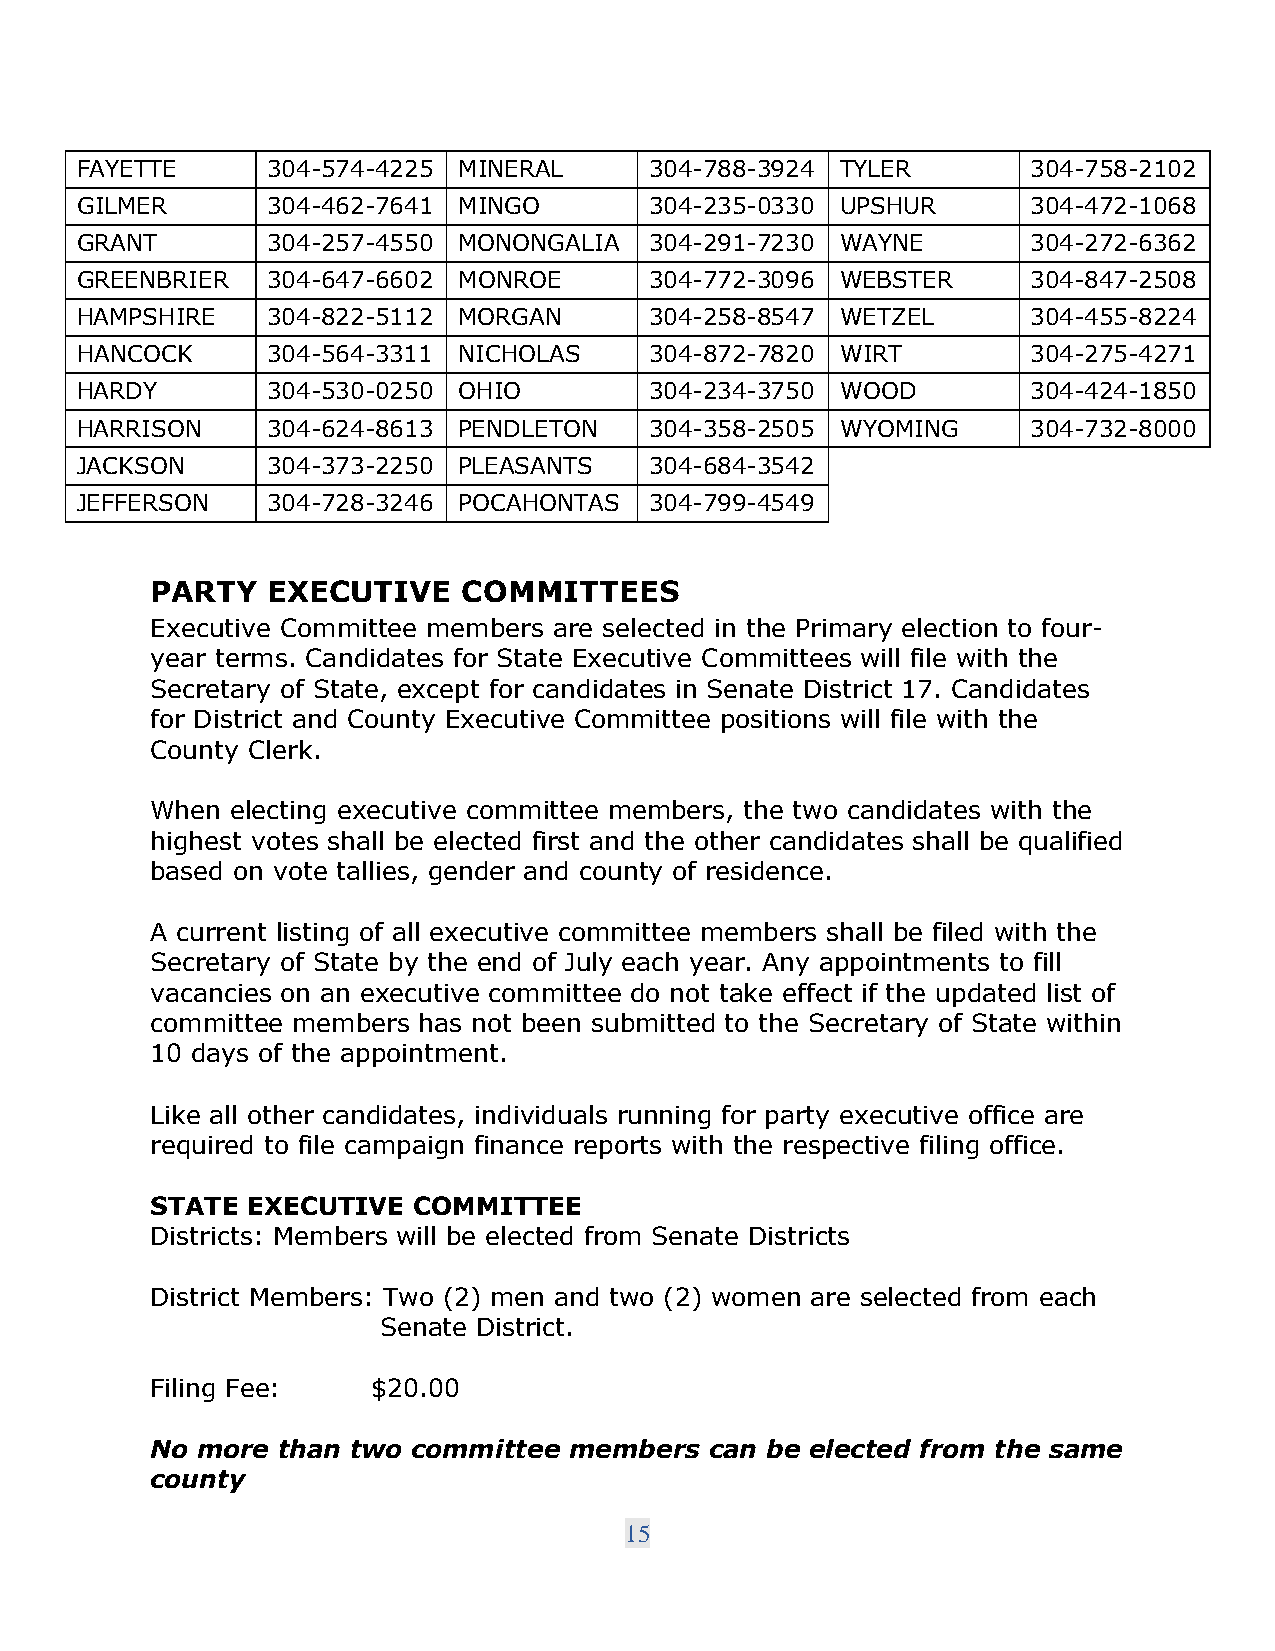
FAYETTE      304-574-4225 MINERAL     304-788-3924 TYLER       304-758-2102
 GILMER       304-462-7641 MINGO       304-235-0330 UPSHUR      304-472-1068
 GRANT        304-257-4550 MONONGALIA  304-291-7230 WAYNE       304-272-6362
 GREENBRIER   304-647-6602 MONROE      304-772-3096 WEBSTER     304-847-2508
 HAMPSHIRE    304-822-5112 MORGAN      304-258-8547 WETZEL      304-455-8224
 HANCOCK      304-564-3311 NICHOLAS    304-872-7820 WIRT        304-275-4271
 HARDY        304-530-0250 OHIO        304-234-3750 WOOD        304-424-1850
 HARRISON     304-624-8613 PENDLETON   304-358-2505 WYOMING     304-732-8000
 JACKSON      304-373-2250 PLEASANTS   304-684-3542
 JEFFERSON    304-728-3246 POCAHONTAS  304-799-4549
 PARTY   EXECUTIVE    COMMITTEES
 Executive Committee members are selected in the Primary election to four-
 year terms. Candidates for State Executive Committees will file with the
 Secretary of State, except for candidates in Senate District 17. Candidates
 for District and County Executive Committee positions will file with the
 County Clerk.
 When electing executive committee members, the two candidates with the
 highest votes shall be elected first and the other candidates shall be qualified
 based on vote tallies, gender and county of residence.
 A current listing of all executive committee members shall be filed with the
 Secretary of State by the end of July each year. Any appointments to fill
 vacancies on an executive committee do not take effect if the updated list of
 committee members has not been submitted to the Secretary of State within
 10 days of the appointment.
 Like all other candidates, individuals running for party executive office are
 required to file campaign finance reports with the respective filing office.
 STATE EXECUTIVE  COMMITTEE
 Districts: Members will be elected from Senate Districts
 District Members: Two (2) men and two (2) women are selected from each
 Senate District.
 Filing Fee:    $20.00
 No more than two committee  members  can be elected from the same
 county
 15